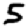
Digit: 5